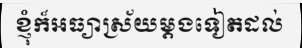
ខ្ញុំក៏អធ្យាស្រ័យម្តងទៀតដល់